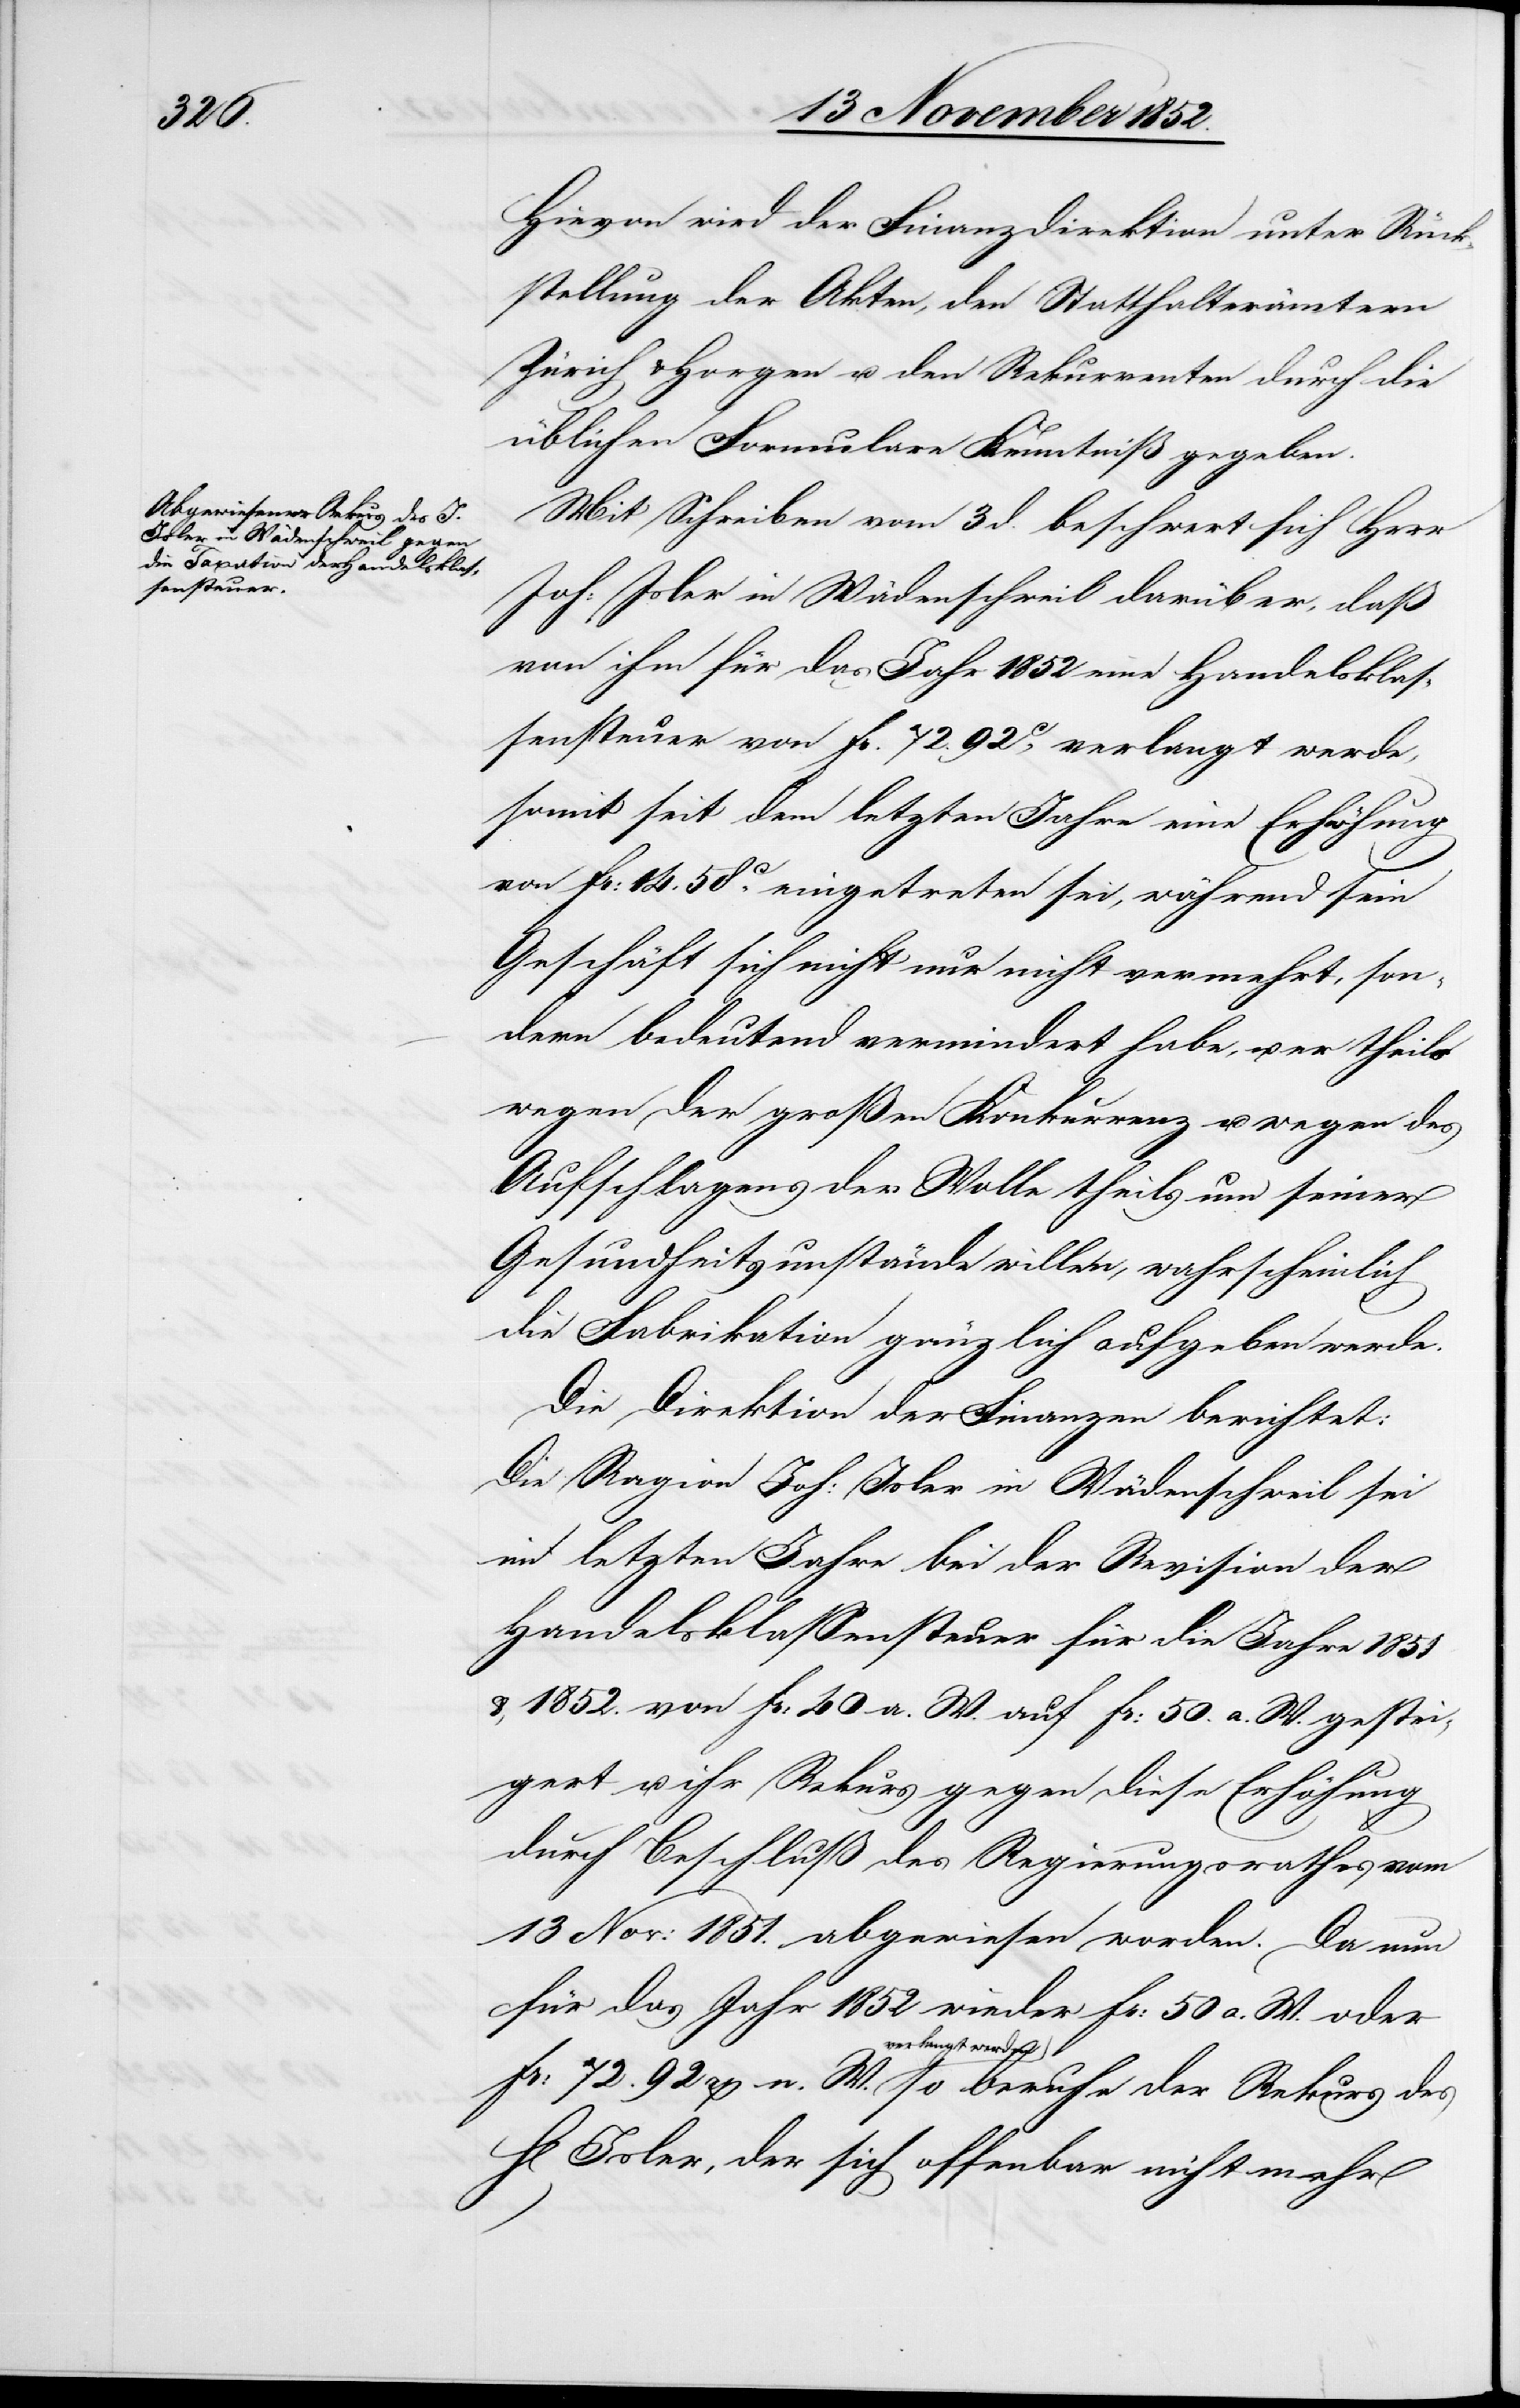
des

Hievon wird der Finanzdirektion unter Rück¬
stellung der Akten, den Statthalterämtern
Zürich & Horgen u. den Rekurrenten durch die
üblichen Formulare Kenntniß gegeben.
Mit Schreiben vom 3 d. beschwert sich Herr
Joh: Isler in Wädenschweil darüber, daß
von ihm für das Jahr 1852 eine Handelsklas¬
sensteuer von Fr. 72. 92C. verlangt werde,
somit seit dem letzten Jahre eine Erhöhung
von Fr: 14. 58C. eingetreten sei, während sein
Geschäft sich nicht nur nicht vermehrt, son¬
dern bedeutend vermindert habe, u. er theils
wegen der großen Konkurrenz u. wegen des
Aufschlagens der Wolle theils um seiner
Gesundheitsumstände willen, wahrscheinlich
die Fabrikation gänzlich aufgeben werde.
Die Direktion der Finanzen berichtet:
Die Ragion Joh: Isler in Wädenschweil sei
im letzten Jahre bei der Revision der
Handelsklassensteuer für die Jahre 1851
& 1852. von Fr: 40 a. W. auf Fr: 50. a. W. gestei¬
gert u. ihr Rekurs gegen diese Erhöhung
durch Beschluß des Regierungsrathes vom
13 Nov: 1851. abgewiesen worden. Da nun
für das Jahr 1852 wieder Fr: 50 a. W. oder
verlangt werden so
Isler, der sich offenbar nicht mehr